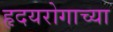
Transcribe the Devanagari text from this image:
हृदयरोगाच्या